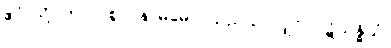
ဧဝံ၊ သို့။ တာဝ၊ စွာ။ နာမမေဝ၊ သည်သာလျှင်။ ပဋိသန္ဓိယံ၊